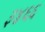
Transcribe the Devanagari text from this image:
३४६६